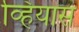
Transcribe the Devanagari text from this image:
व्हियास